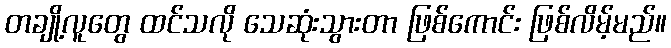
တချို့လူတွေ ထင်သလို သေဆုံးသွားတာ ဖြစ်ကောင်း ဖြစ်လိမ့်မည်။